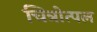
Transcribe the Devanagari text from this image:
चित्रोत्पल